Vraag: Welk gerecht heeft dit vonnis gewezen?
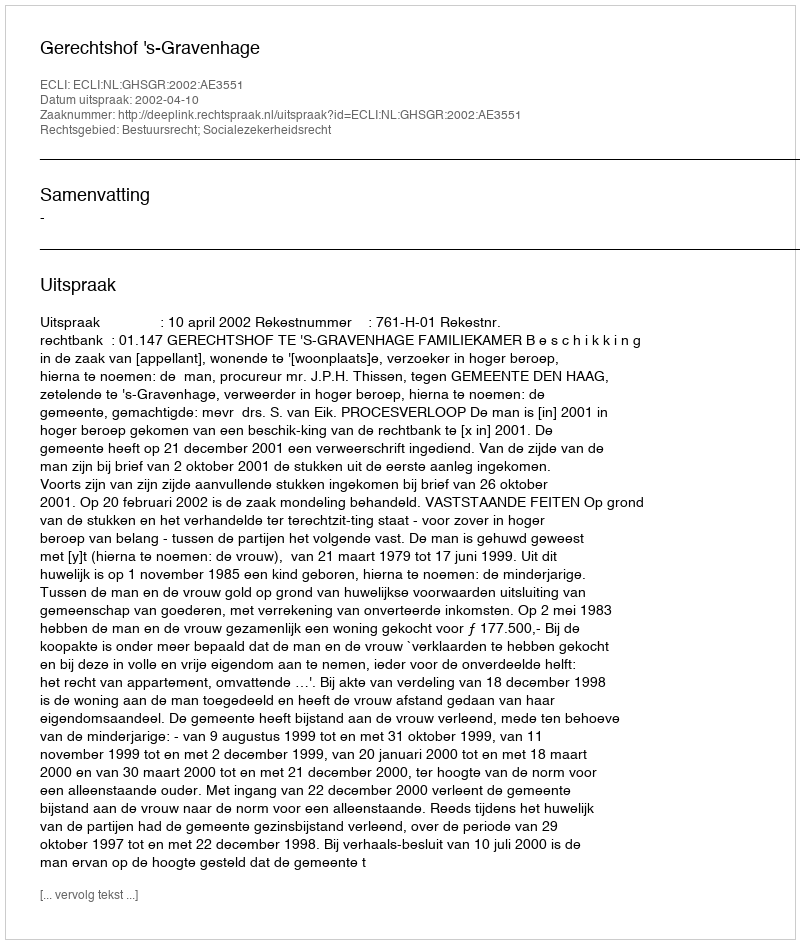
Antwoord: Gerechtshof 's-Gravenhage